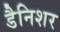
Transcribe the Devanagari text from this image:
डैनिशर